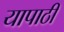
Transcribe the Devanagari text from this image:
यापाठी